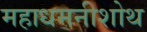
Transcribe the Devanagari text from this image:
महाधमनीशोथ